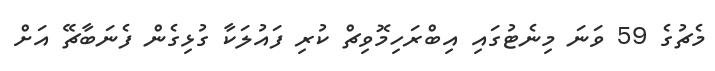
މެޗުގެ 59 ވަނަ މިނެޓުގައި އިބްރަހިމޮވިޗް ކުރި ފައުލަކާ ގުޅިގެން ފެނަބާޗޭ އަށް